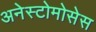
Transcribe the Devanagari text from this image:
अनेस्टोमोसेस